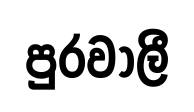
පුරවාලී